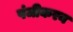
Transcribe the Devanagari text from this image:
पंजीकरन